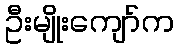
ဦးမျိုးကျော်က